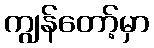
ကျွန်တော့်မှာ